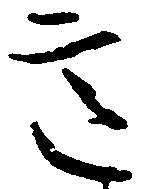
意